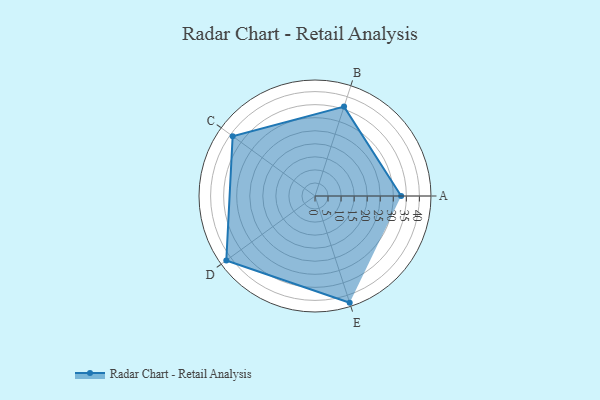
{"axis": {"x": "Skill", "y": "Score"}, "legend": ["Profile"], "data": [{"x": "A", "y": 33.0, "type": "Profile"}, {"x": "B", "y": 36.0, "type": "Profile"}, {"x": "C", "y": 39.0, "type": "Profile"}, {"x": "D", "y": 42.0, "type": "Profile"}, {"x": "E", "y": 43.0, "type": "Profile"}]}